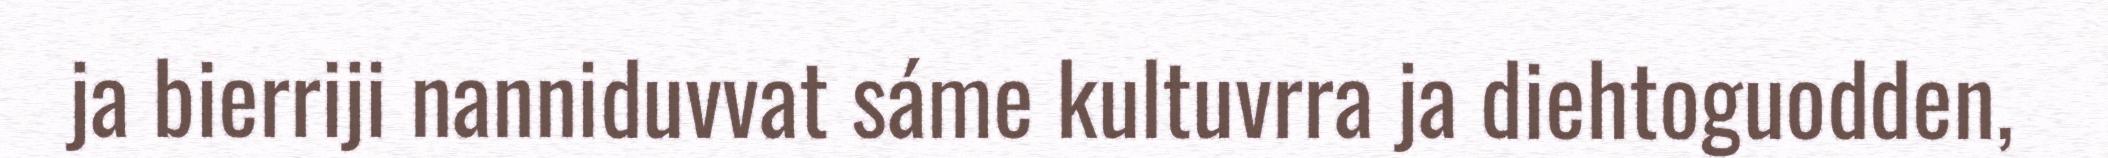
ja bierriji nanniduvvat sáme kultuvrra ja diehtoguodden,